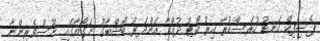
ޕެސިފިކް ކަނޑު ހުރަސްކުރާ އިރު ބޯޓު ދުއްވާ އަންދަރު ބޯޝްބާގު ނަގޯޔާގައި ނޫސްވެރިންނާ